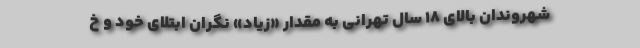
شهروندان بالای 18 سال تهرانی به مقدار «زیاد» نگران ابتلای خود و خ